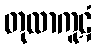
တုလာကူဋံ